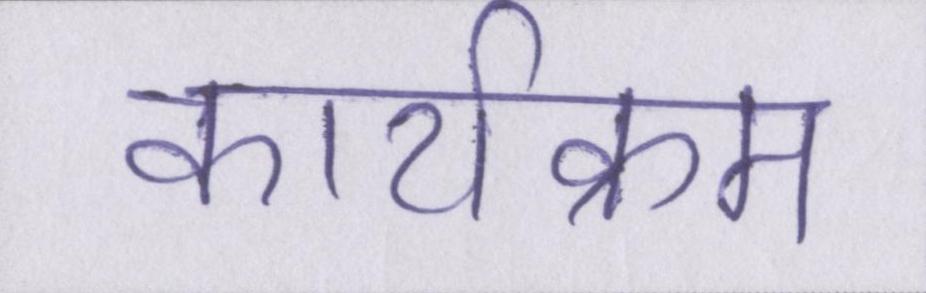
कार्यक्रम